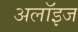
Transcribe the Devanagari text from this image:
अलॉइज